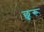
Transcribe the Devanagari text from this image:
छुरू